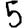
Digit: 5